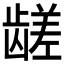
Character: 𱌼